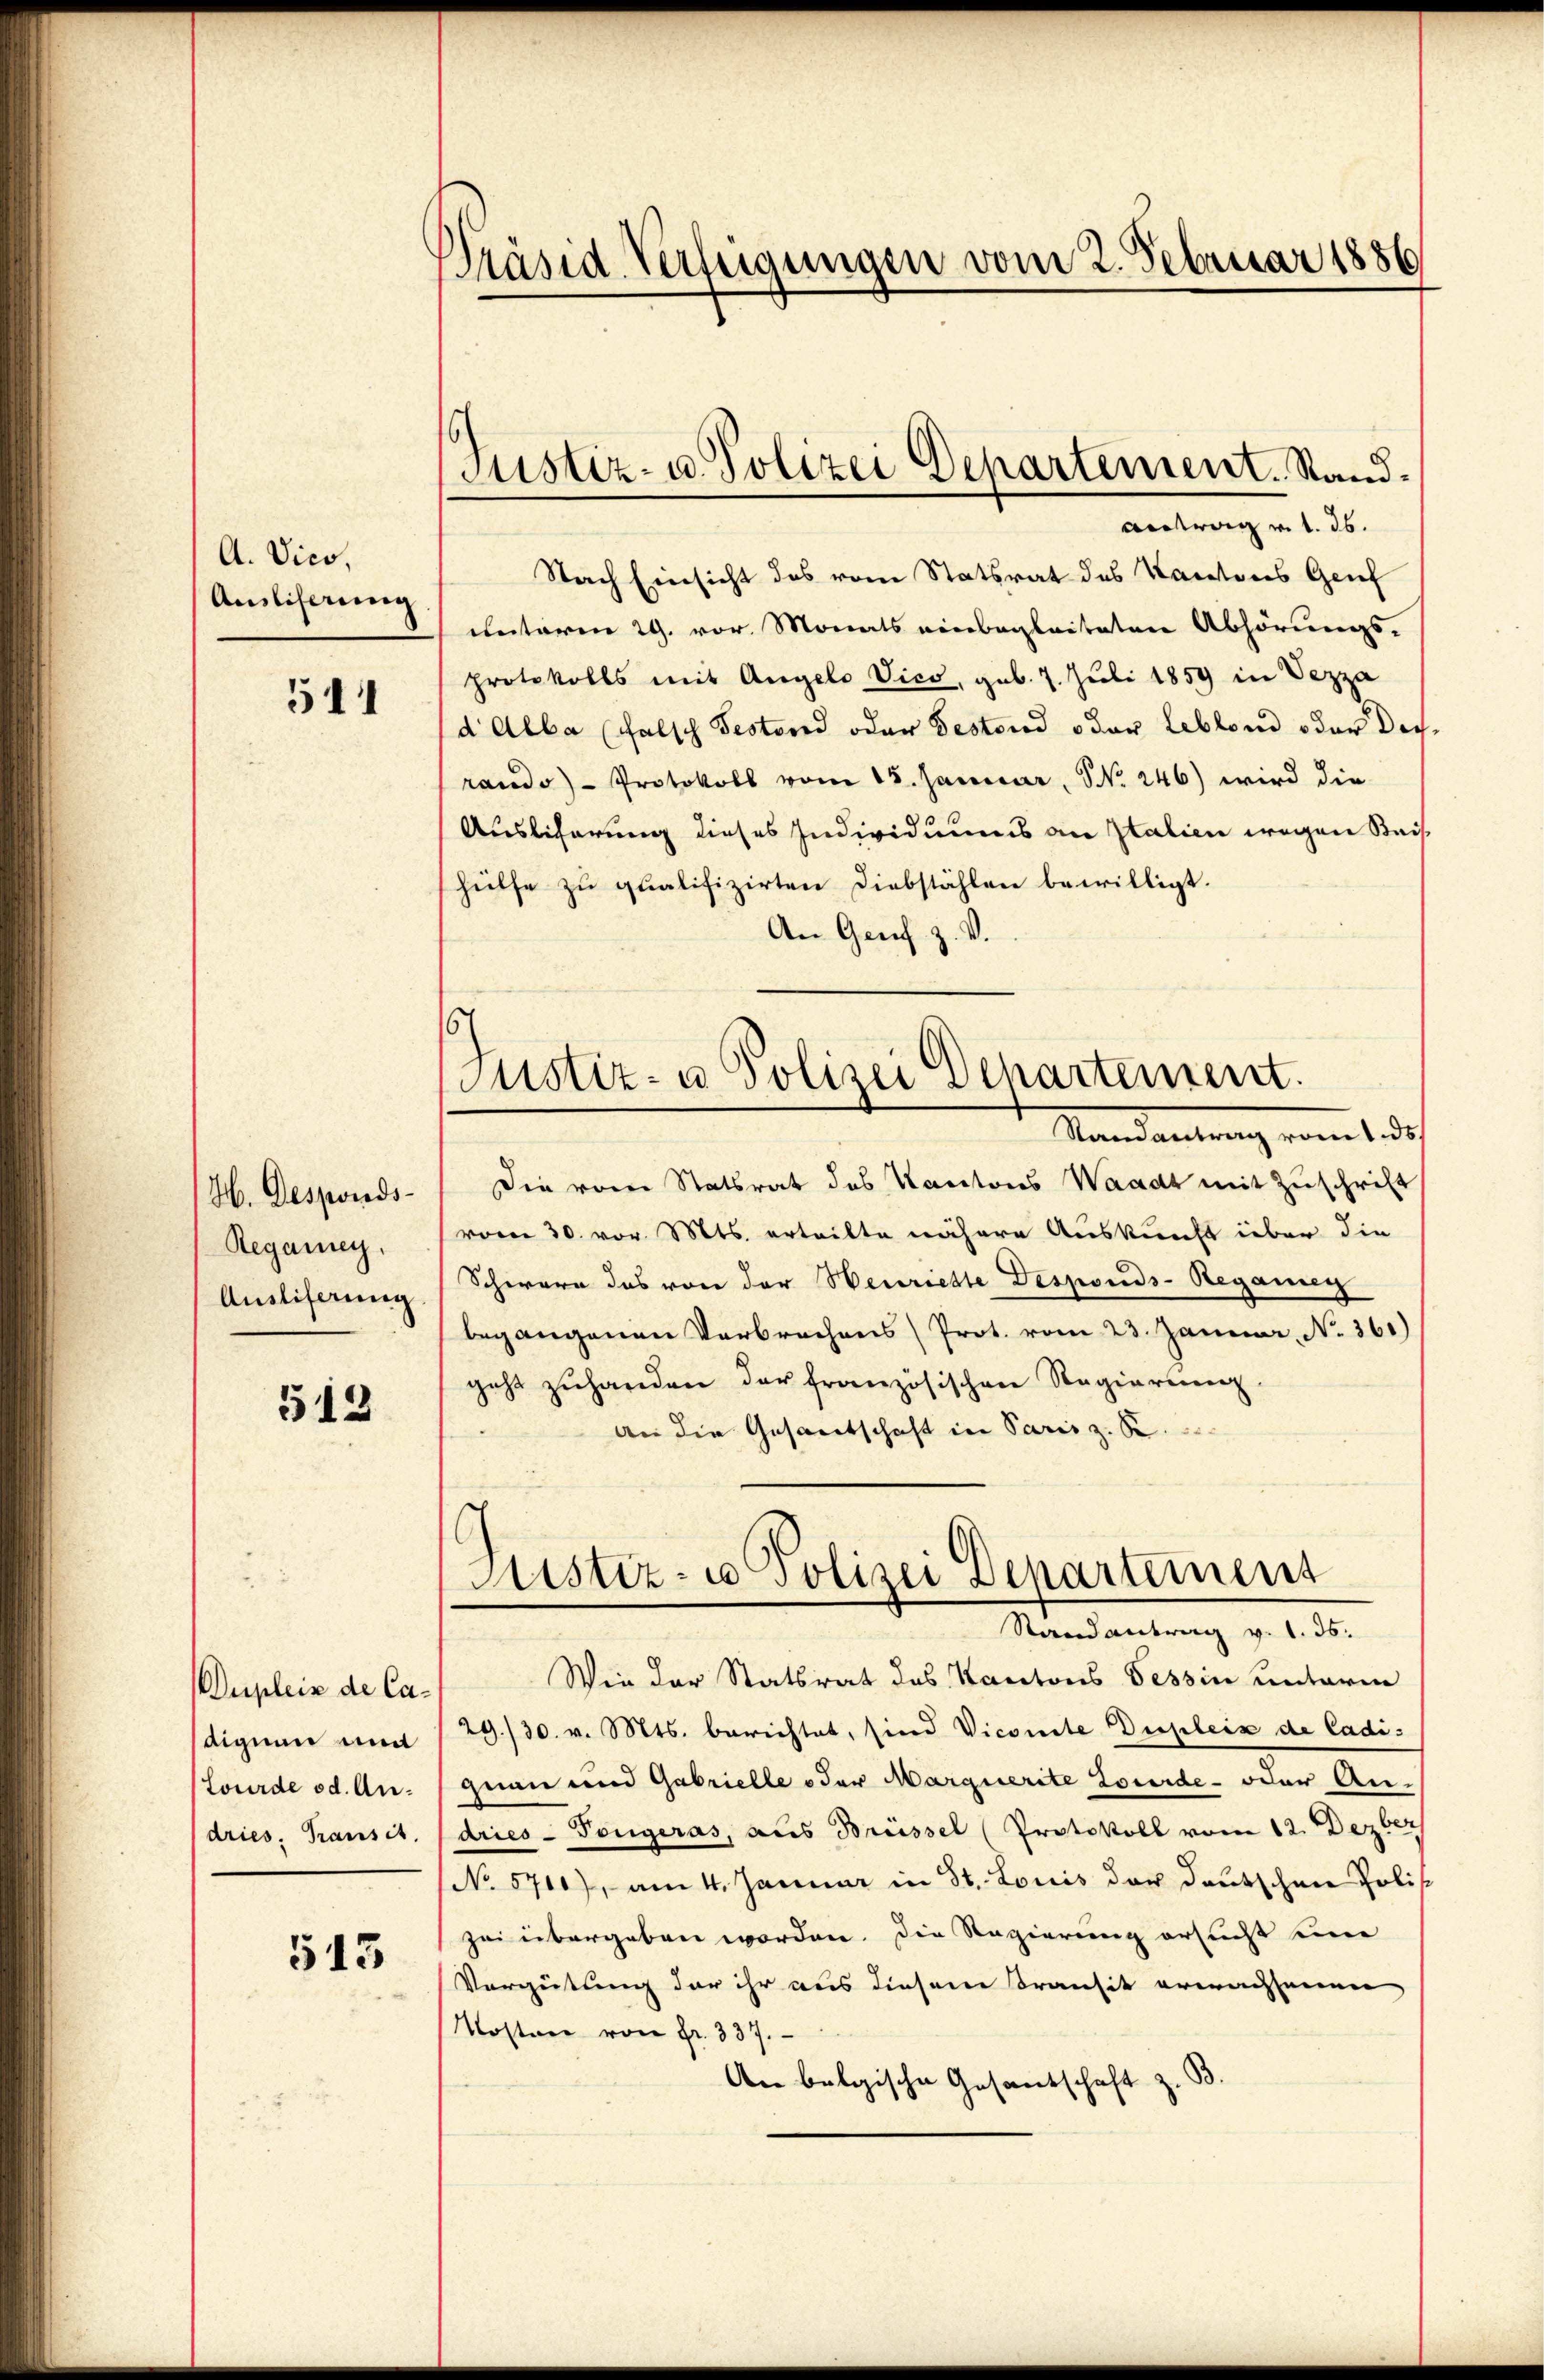
A. Vico,
Auslicherung

511

H. Desponds¬
Regamey.
Ausliserung

513

Duplein de Cadignen und
Lourde od. Andries, Transit

543

Präsid. Verfeigungen vom 2. Februar 1886

(Justiz- u. Polizei Departement. Stand.
Antrag v. 1. 26.

.
Justiz- u Polizei Departement.

Nach Einsicht des vom Statsrat des Kantons Genf
unterm 29. vor. Monats einbegleiteten Abhörungs-
protokolls mit Angelo Vico, geb. 7. Juli 1859 in Vezza
d Alba (falsch Testand oder Testand oder leblond oder Dir
rando - Protokoll vom 15. Januar, No. 246) wird die
Auslicherung dieses Individuums an Italien wegen Beis
hülfe zu qualifizirten Diebstählen bewilligt.
An Genf z. V.
Mandantung vom ledi
Die vom Statsrat des Kantons Waadt mit Zuschrift
vom 30. vor. Mts. erteilte nähere Auskunft über die
Schwere das von der Neuriette Desponds-Regang
begangenen Verbrechens Prot. vom 23. Januar, No. 361)
geht zu handen der französischen Regierung
an die Gesantschaft in Paris z. B.
Sistiz- u Polizei Departement
Randantrag v. 1. 35.
Wie der Statsrat des Kantons Tessin unterm
29./30. v. Mts. berichtet, sind Vicomite Displeix de Cadiznau und Gabrielle oder Marquerite Louide- oder Andries - Tongeras, aus Brüssel (Protokoll vom 12. Dezber
No 5700), am 4. Januar in St. Louis der Deutschnee Polit
zei übergeben worden. Die Regierung ersucht eine
Vergütung der ihr aus diesem Transit erwachsenen,
Kosten von Fr. 337.
An belgische Gesandschaft z. B.